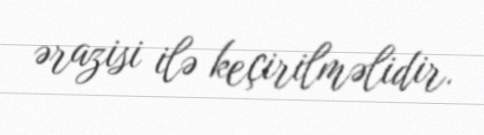
ərazisi ilə keçirilməlidir.